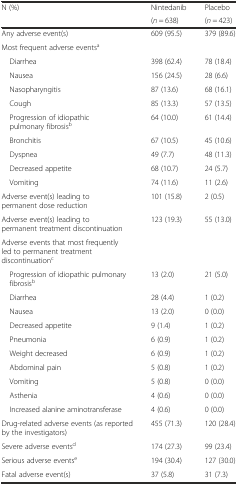
<table><thead><tr><td rowspan="2"><b>N (%)</b></td><td><b>Nintedanib</b></td><td><b>Placebo</b></td></tr><tr><td><b>(<i>n</i> = 638)</b></td><td><b>(<i>n</i> = 423)</b></td></tr></thead><tbody><tr><td>Any adverse event(s)</td><td>609 (95.5)</td><td>379 (89.6)</td></tr><tr><td>Most frequent adverse events<sup>a</sup></td><td></td><td></td></tr><tr><td> Diarrhea</td><td>398 (62.4)</td><td>78 (18.4)</td></tr><tr><td> Nausea</td><td>156 (24.5)</td><td>28 (6.6)</td></tr><tr><td> Nasopharyngitis</td><td>87 (13.6)</td><td>68 (16.1)</td></tr><tr><td> Cough</td><td>85 (13.3)</td><td>57 (13.5)</td></tr><tr><td> Progression of idiopathic pulmonary fibrosis<sup>b</sup></td><td>64 (10.0)</td><td>61 (14.4)</td></tr><tr><td> Bronchitis</td><td>67 (10.5)</td><td>45 (10.6)</td></tr><tr><td> Dyspnea</td><td>49 (7.7)</td><td>48 (11.3)</td></tr><tr><td> Decreased appetite</td><td>68 (10.7)</td><td>24 (5.7)</td></tr><tr><td> Vomiting</td><td>74 (11.6)</td><td>11 (2.6)</td></tr><tr><td>Adverse event(s) leading to permanent dose reduction</td><td>101 (15.8)</td><td>2 (0.5)</td></tr><tr><td>Adverse event(s) leading to permanent treatment discontinuation</td><td>123 (19.3)</td><td>55 (13.0)</td></tr><tr><td colspan="3">Adverse events that most frequently led to permanent treatment discontinuation<sup>c</sup></td></tr><tr><td> Progression of idiopathic pulmonary fibrosis<sup>b</sup></td><td>13 (2.0)</td><td>21 (5.0)</td></tr><tr><td> Diarrhea</td><td>28 (4.4)</td><td>1 (0.2)</td></tr><tr><td> Nausea</td><td>13 (2.0)</td><td>0 (0.0)</td></tr><tr><td> Decreased appetite</td><td>9 (1.4)</td><td>1 (0.2)</td></tr><tr><td> Pneumonia</td><td>6 (0.9)</td><td>1 (0.2)</td></tr><tr><td> Weight decreased</td><td>6 (0.9)</td><td>1 (0.2)</td></tr><tr><td> Abdominal pain</td><td>5 (0.8)</td><td>1 (0.2)</td></tr><tr><td> Vomiting</td><td>5 (0.8)</td><td>0 (0.0)</td></tr><tr><td> Asthenia</td><td>4 (0.6)</td><td>0 (0.0)</td></tr><tr><td> Increased alanine aminotransferase</td><td>4 (0.6)</td><td>0 (0.0)</td></tr><tr><td>Drug-related adverse events (as reported by the investigators)</td><td>455 (71.3)</td><td>120 (28.4)</td></tr><tr><td>Severe adverse events<sup>d</sup></td><td>174 (27.3)</td><td>99 (23.4)</td></tr><tr><td>Serious adverse events<sup>e</sup></td><td>194 (30.4)</td><td>127 (30.0)</td></tr><tr><td>Fatal adverse event(s)</td><td>37 (5.8)</td><td>31 (7.3)</td></tr></tbody></table>